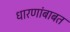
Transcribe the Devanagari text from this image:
धारणांबाबत